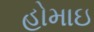
હોમાઇ